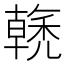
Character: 𱶡